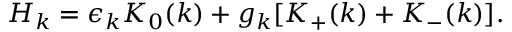
H _ { k } = \epsilon _ { k } K _ { 0 } ( k ) + g _ { k } [ K _ { + } ( k ) + K _ { - } ( k ) ] .